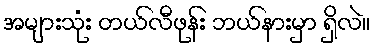
အများသုံး တယ်လီဖုန်း ဘယ်နားမှာ ရှိလဲ။